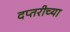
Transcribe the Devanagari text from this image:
दप्तरीच्या